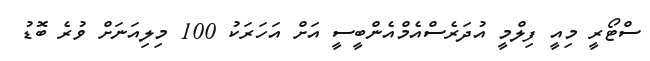
ސްޓޯރީ މިއީ ފިލްމީ އުދަރެސްއެމްއެންބީސީ އަށް އަހަރަކު 100 މިލިއަނަށް ވުރެ ބޮޑު